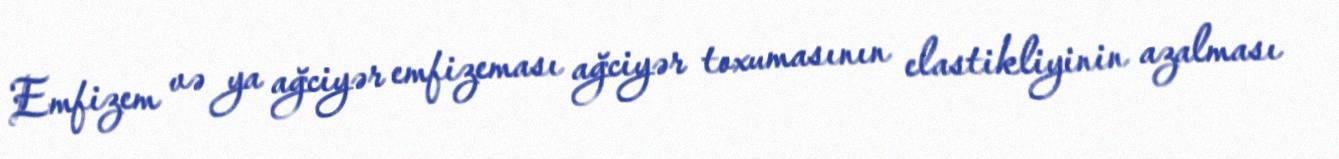
Emfizem və ya ağciyər emfizeması ağciyər toxumasının elastikliyinin azalması